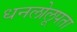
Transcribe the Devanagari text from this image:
धनलोलूपता